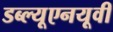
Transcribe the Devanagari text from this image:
डब्ल्यूएनयूवी